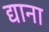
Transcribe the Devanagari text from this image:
द्याना